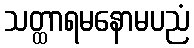
သတ္ထာရမနောမပညံ